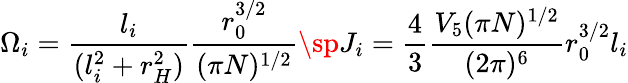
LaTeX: \Omega_{i}=\frac{l_{i}}{(l_{i}^{2}+r_{H}^{2})}\frac{r_{0}^{3/2}}{(\pi N)^{1/2}}\sp J_{i}=\frac{4}{3}\frac{V_{5}(\pi N)^{1/2}}{(2\pi)^{6}}r_{0}^{3/2}l_{i}